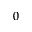
0